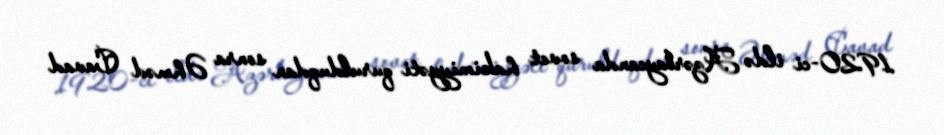
1920-ci ildə Azərbaycanda sovet hakimiyyəti qurulduqdan sonra Əhməd Cavad